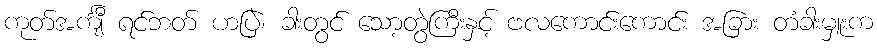
ကုတ်အင်္ကျီ ရင်ဘတ် ဟပြဲ၊ ခါးတွင် သော့တွဲကြီးနှင့် ဗလကောင်းကောင်း အခြား တံခါးမှူးက